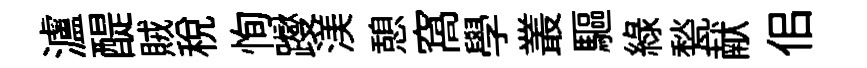
瀘醍賊税恂躞渼憩窩學叢驅緑甃献佀